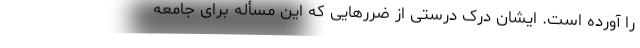
را آورده است. ایشان درک درستی از ضررهایی که این مسأله برای جامعه